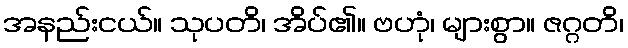
အနည်းငယ်။ သုပတိ၊ အိပ်၏။ ဗဟုံ၊ များစွာ။ ဇဂ္ဂတိ၊